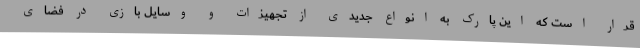
قرار است که این پارک به انواع جدیدی از تجهیزات و وسایل بازی در فضای